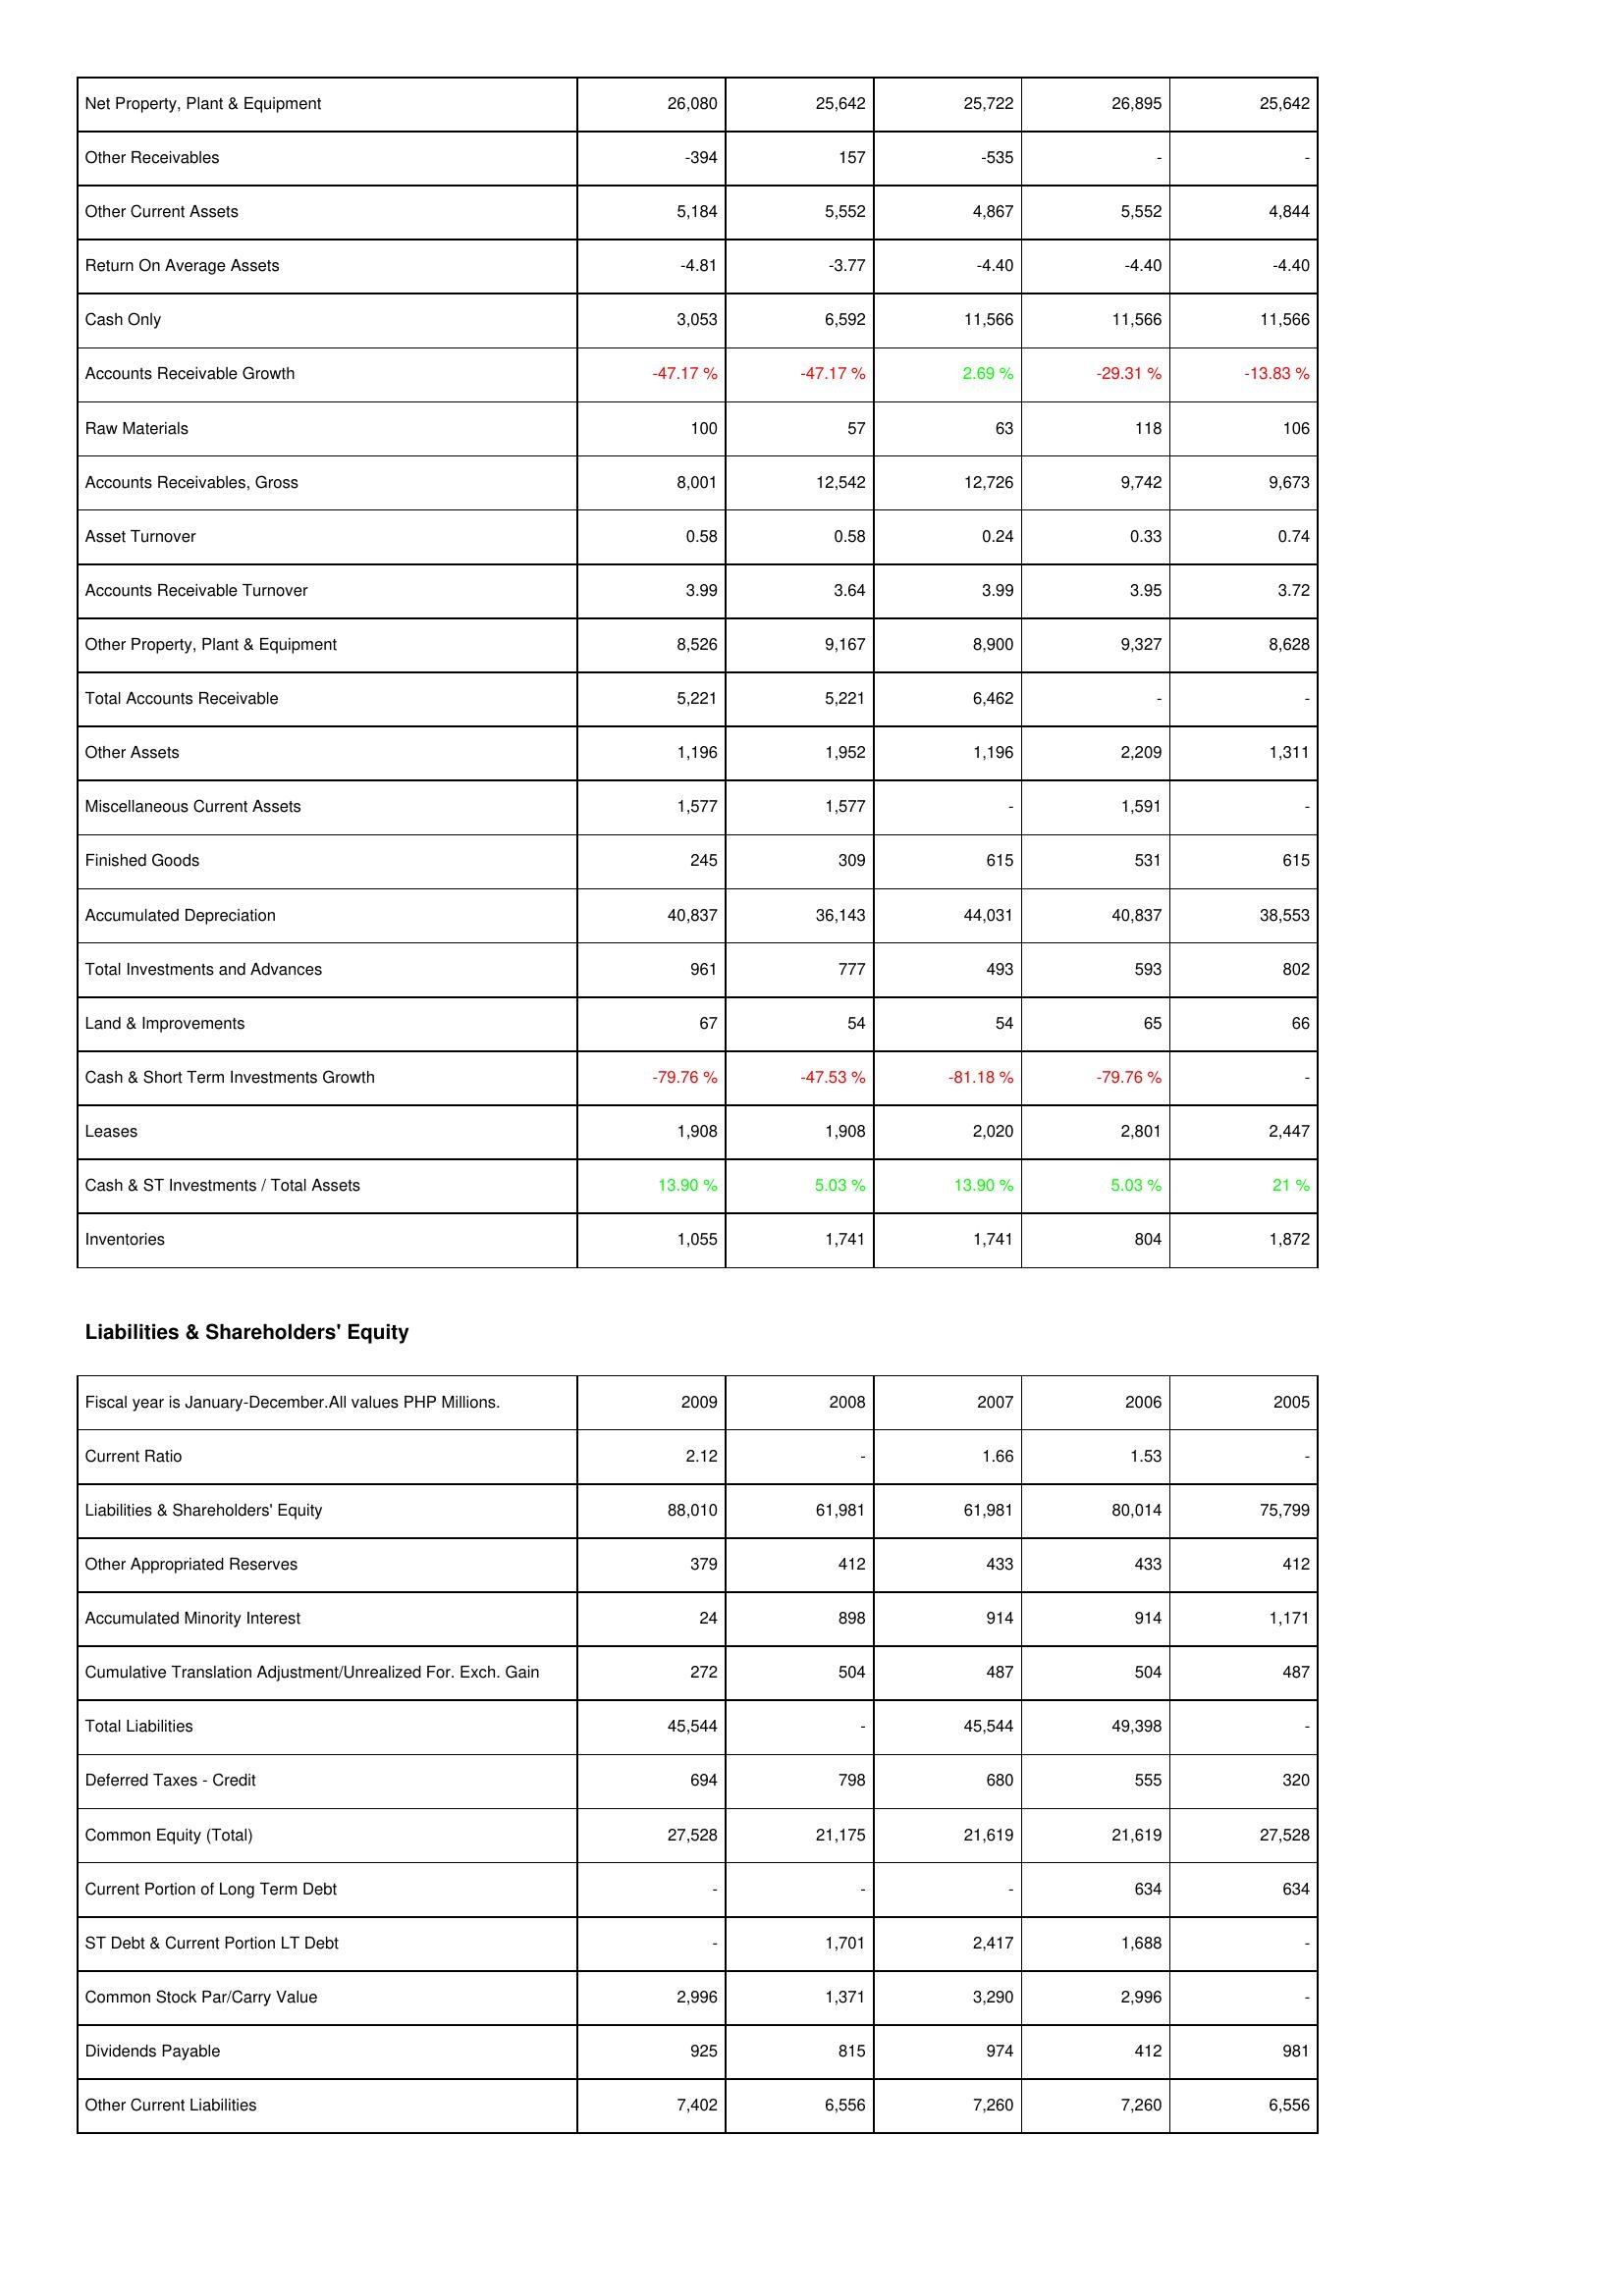
2009: Assets: Net Property, Plant & Equipment: 26,080
Other Receivables: -394
Other Current Assets: 5,184
Return On Average Assets: -4.81
Cash Only: 3,053
Accounts Receivable Growth: -47.17 %
Raw Materials: 100
Accounts Receivables, Gross: 8,001
Asset Turnover: 0.58
Accounts Receivable Turnover: 3.99
Other Property, Plant & Equipment: 8,526
Total Accounts Receivable: 5,221
Other Assets: 1,196
Miscellaneous Current Assets: 1,577
Finished Goods: 245
Accumulated Depreciation: 40,837
Total Investments and Advances: 961
Land & Improvements: 67
Cash & Short Term Investments Growth: -79.76 %
Leases: 1,908
Cash & ST Investments / Total Assets: 13.90 %
Inventories: 1,055
Liabilities & Shareholders' Equity: Current Ratio: 2.12
Liabilities & Shareholders' Equity: 88,010
Other Appropriated Reserves: 379
Accumulated Minority Interest: 24
Cumulative Translation Adjustment/Unrealized For. Exch. Gain: 272
Total Liabilities: 45,544
Deferred Taxes - Credit: 694
Common Equity (Total): 27,528
Current Portion of Long Term Debt: -
ST Debt & Current Portion LT Debt: -
Common Stock Par/Carry Value: 2,996
Dividends Payable: 925
Other Current Liabilities: 7,402
2008: Assets: Net Property, Plant & Equipment: 25,642
Other Receivables: 157
Other Current Assets: 5,552
Return On Average Assets: -3.77
Cash Only: 6,592
Accounts Receivable Growth: -47.17 %
Raw Materials: 57
Accounts Receivables, Gross: 12,542
Asset Turnover: 0.58
Accounts Receivable Turnover: 3.64
Other Property, Plant & Equipment: 9,167
Total Accounts Receivable: 5,221
Other Assets: 1,952
Miscellaneous Current Assets: 1,577
Finished Goods: 309
Accumulated Depreciation: 36,143
Total Investments and Advances: 777
Land & Improvements: 54
Cash & Short Term Investments Growth: -47.53 %
Leases: 1,908
Cash & ST Investments / Total Assets: 5.03 %
Inventories: 1,741
Liabilities & Shareholders' Equity: Current Ratio: -
Liabilities & Shareholders' Equity: 61,981
Other Appropriated Reserves: 412
Accumulated Minority Interest: 898
Cumulative Translation Adjustment/Unrealized For. Exch. Gain: 504
Total Liabilities: -
Deferred Taxes - Credit: 798
Common Equity (Total): 21,175
Current Portion of Long Term Debt: -
ST Debt & Current Portion LT Debt: 1,701
Common Stock Par/Carry Value: 1,371
Dividends Payable: 815
Other Current Liabilities: 6,556
2007: Assets: Net Property, Plant & Equipment: 25,722
Other Receivables: -535
Other Current Assets: 4,867
Return On Average Assets: -4.40
Cash Only: 11,566
Accounts Receivable Growth: 2.69 %
Raw Materials: 63
Accounts Receivables, Gross: 12,726
Asset Turnover: 0.24
Accounts Receivable Turnover: 3.99
Other Property, Plant & Equipment: 8,900
Total Accounts Receivable: 6,462
Other Assets: 1,196
Miscellaneous Current Assets: -
Finished Goods: 615
Accumulated Depreciation: 44,031
Total Investments and Advances: 493
Land & Improvements: 54
Cash & Short Term Investments Growth: -81.18 %
Leases: 2,020
Cash & ST Investments / Total Assets: 13.90 %
Inventories: 1,741
Liabilities & Shareholders' Equity: Current Ratio: 1.66
Liabilities & Shareholders' Equity: 61,981
Other Appropriated Reserves: 433
Accumulated Minority Interest: 914
Cumulative Translation Adjustment/Unrealized For. Exch. Gain: 487
Total Liabilities: 45,544
Deferred Taxes - Credit: 680
Common Equity (Total): 21,619
Current Portion of Long Term Debt: -
ST Debt & Current Portion LT Debt: 2,417
Common Stock Par/Carry Value: 3,290
Dividends Payable: 974
Other Current Liabilities: 7,260
2006: Assets: Net Property, Plant & Equipment: 26,895
Other Receivables: -
Other Current Assets: 5,552
Return On Average Assets: -4.40
Cash Only: 11,566
Accounts Receivable Growth: -29.31 %
Raw Materials: 118
Accounts Receivables, Gross: 9,742
Asset Turnover: 0.33
Accounts Receivable Turnover: 3.95
Other Property, Plant & Equipment: 9,327
Total Accounts Receivable: -
Other Assets: 2,209
Miscellaneous Current Assets: 1,591
Finished Goods: 531
Accumulated Depreciation: 40,837
Total Investments and Advances: 593
Land & Improvements: 65
Cash & Short Term Investments Growth: -79.76 %
Leases: 2,801
Cash & ST Investments / Total Assets: 5.03 %
Inventories: 804
Liabilities & Shareholders' Equity: Current Ratio: 1.53
Liabilities & Shareholders' Equity: 80,014
Other Appropriated Reserves: 433
Accumulated Minority Interest: 914
Cumulative Translation Adjustment/Unrealized For. Exch. Gain: 504
Total Liabilities: 49,398
Deferred Taxes - Credit: 555
Common Equity (Total): 21,619
Current Portion of Long Term Debt: 634
ST Debt & Current Portion LT Debt: 1,688
Common Stock Par/Carry Value: 2,996
Dividends Payable: 412
Other Current Liabilities: 7,260
2005: Assets: Net Property, Plant & Equipment: 25,642
Other Receivables: -
Other Current Assets: 4,844
Return On Average Assets: -4.40
Cash Only: 11,566
Accounts Receivable Growth: -13.83 %
Raw Materials: 106
Accounts Receivables, Gross: 9,673
Asset Turnover: 0.74
Accounts Receivable Turnover: 3.72
Other Property, Plant & Equipment: 8,628
Total Accounts Receivable: -
Other Assets: 1,311
Miscellaneous Current Assets: -
Finished Goods: 615
Accumulated Depreciation: 38,553
Total Investments and Advances: 802
Land & Improvements: 66
Cash & Short Term Investments Growth: -
Leases: 2,447
Cash & ST Investments / Total Assets: 21 %
Inventories: 1,872
Liabilities & Shareholders' Equity: Current Ratio: -
Liabilities & Shareholders' Equity: 75,799
Other Appropriated Reserves: 412
Accumulated Minority Interest: 1,171
Cumulative Translation Adjustment/Unrealized For. Exch. Gain: 487
Total Liabilities: -
Deferred Taxes - Credit: 320
Common Equity (Total): 27,528
Current Portion of Long Term Debt: 634
ST Debt & Current Portion LT Debt: -
Common Stock Par/Carry Value: -
Dividends Payable: 981
Other Current Liabilities: 6,556